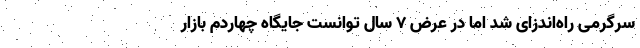
سرگرمی راه‌اندزای شد اما در عرض ۷ سال توانست جایگاه چهاردم بازار